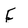
Character: F